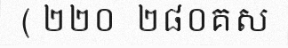
( ២២០  ២៨០គស